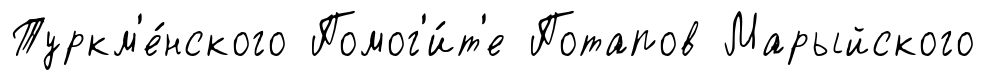
Туркм'е́нского Помог'и́т'е Потапов Марыйского